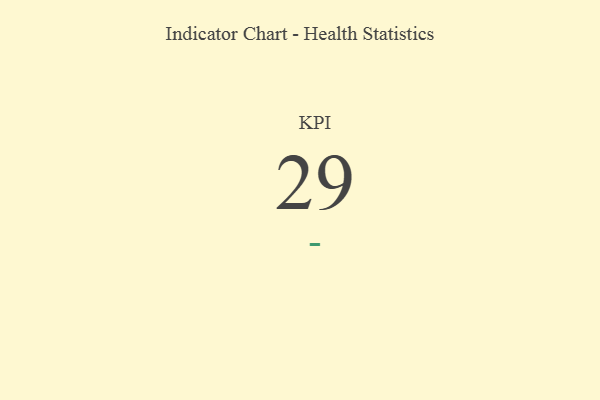
{"axis": {"x": "KPI", "y": "Value"}, "legend": [""], "data": [{"x": "KPI", "y": 29, "type": ""}]}